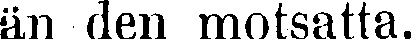
än den motsatta.